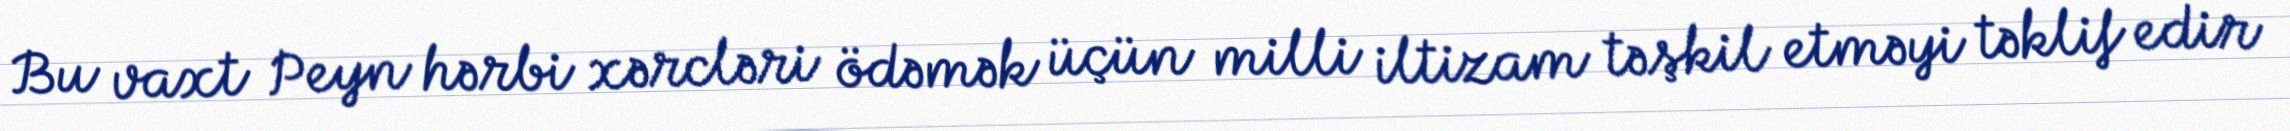
Bu vaxt Peyn hərbi xərcləri ödəmək üçün milli iltizam təşkil etməyi təklif edir